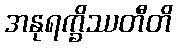
အနုရက္ခိဿတီတိ